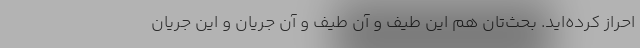
احراز کرده‌اید. بحث‌تان هم این طیف و آن طیف و آن جریان و این جریان